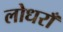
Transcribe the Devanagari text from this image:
लोधराँ